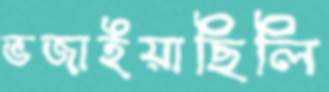
ভজাইয়াছিলি